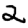
Digit: 2